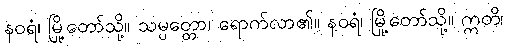
နဝရံ၊ မြို့တော်သို့။ သမ္ပတ္တော၊ ရောက်လာ၏။ နဝရံ၊ မြို့တော်သို့။ ဣတိ၊